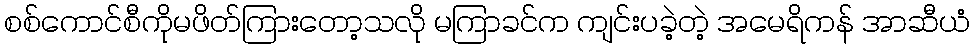
စစ်ကောင်စီကိုမဖိတ်ကြားတော့သလို မကြာခင်က ကျင်းပခဲ့တဲ့ အမေရိကန် အာဆီယံ